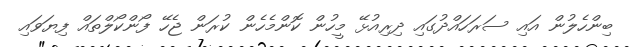
ބިންހެލުން އައި ސަރަހައްދުގައި ދިރިއުޅޭ މީހުން ކޮންމެހެން ކުރަން ޖެހޭ ފޯންކޯލްތައް ފިޔަވައި